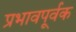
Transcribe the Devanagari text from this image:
प्रभावपूर्वक